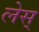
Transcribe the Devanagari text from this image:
लेस्